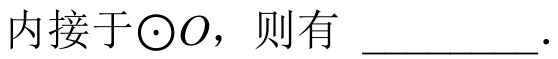
内接于$\odot O$，则有 __________．